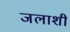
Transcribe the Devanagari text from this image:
जलाशी